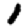
Digit: 1